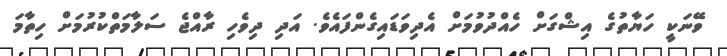
ވޭނަކީ ހަޔާތުގެ އިޝްގަށް ހެއްދުވުމަށް އެދިވަޑައިގެންފައެވެ. އަދި ދިވެހި ރާއްޖެ ސަލާމަތްކުރުމަށް ހިތާމަ